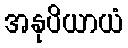
အနုပိယာယံ